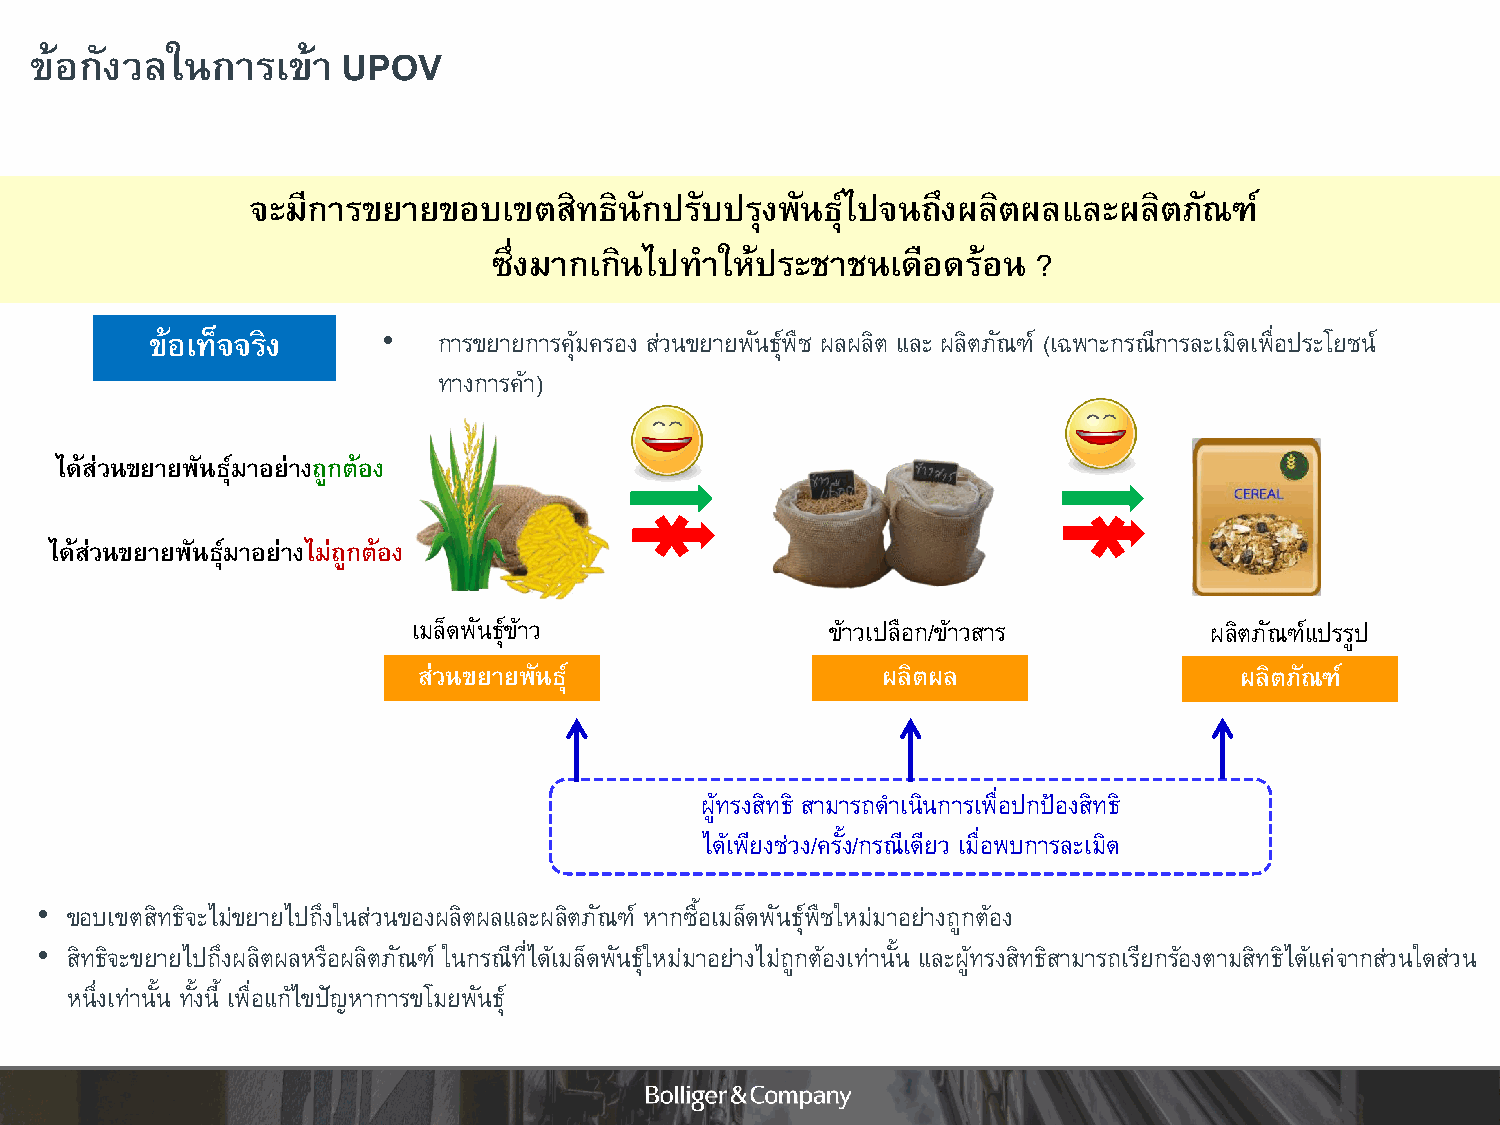
ข้อกังวลในการเข้า    UPOV
 จะมีการขยายขอบเขตสิทธินักปรับปรุงพันธุ์ไปจนถึงผลิตผลและผลิตภัณฑ์
 ซึ่งมากเกินไปท าให้ประชาชนเดือดร้อน ?
 ข้อเท็จจริง    •   การขยายการคุ้มครอง ส่วนขยายพันธุ์พืช ผลผลิต และ ผลิตภัณฑ์ (เฉพาะกรณีการละเมิดเพื่อประโยชน์
 ทางการค้า)
 ได้ส่วนขยายพันธุ์มาอย่างถูกต้อง
 ได้ส่วนขยายพันธุ์มาอย่างไม่ถูกต้อง
 เมล็ดพันธุ์ข้าว             ข้าวเปลือก/ข้าวสาร       ผลิตภัณฑ์แปรรูป
 ส่วนขยายพันธุ์                ผลิตผล                  ผลิตภัณฑ์
 ผู้ทรงสิทธิ สามารถด าเนินการเพื่อปกป้องสิทธิ
 ได้เพียงช่วง/ครั้ง/กรณีเดียว เมื่อพบการละเมิด
 • ขอบเขตสิทธิจะไม่ขยายไปถึงในส่วนของผลิตผลและผลิตภัณฑ์ หากซื้อเมล็ดพันธุ์พืชใหม่มาอย่างถูกต้อง
 • สิทธิจะขยายไปถึงผลิตผลหรือผลิตภัณฑ์ ในกรณีที่ได้เมล็ดพันธุ์ใหม่มาอย่างไม่ถูกต้องเท่านั้น และผู้ทรงสิทธิสามารถเรียกร้องตามสิทธิได้แค่จากส่วนใดส่วน
 หนึ่งเท่านั้น ทั้งนี้ เพื่อแก้ไขปัญหาการขโมยพันธุ์